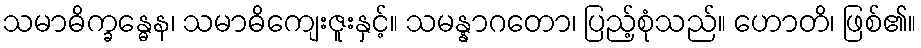
သမာဓိက္ခန္ဓေန၊ သမာဓိကျေးဇူးနှင့်။ သမန္နာဂတော၊ ပြည့်စုံသည်။ ဟောတိ၊ ဖြစ်၏။